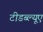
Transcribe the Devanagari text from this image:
टीडब्ल्‍यूए